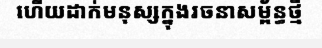
ហើយដាក់មនុស្សក្នុងរចនាសម្ព័ន្ធថ្មី